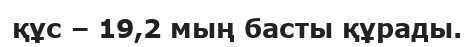
құс – 19,2 мың басты құрады.